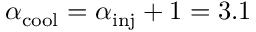
\alpha _ { \mathrm { c o o l } } = \alpha _ { \mathrm { i n j } } + 1 = 3 . 1